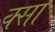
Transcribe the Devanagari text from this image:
क्सा